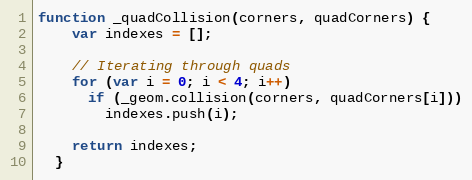
Language: JavaScript
function _quadCollision(corners, quadCorners) {
    var indexes = [];

    // Iterating through quads
    for (var i = 0; i < 4; i++)
      if (_geom.collision(corners, quadCorners[i]))
        indexes.push(i);

    return indexes;
  }